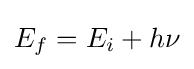
E_{f}=E_{i}+h\nu